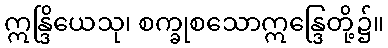
ဣန္ဒြိယေသု၊ စက္ခုစသောဣန္ဒြေတို့၌။